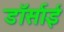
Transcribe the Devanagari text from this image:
डॉर्साई